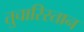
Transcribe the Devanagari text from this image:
तुचारिस्तान